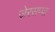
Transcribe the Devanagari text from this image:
जेरसप्पा